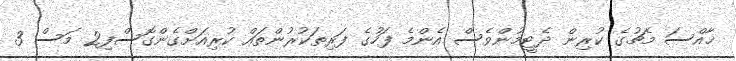
ޚާއްސަ މެޗުގެ ކުރިން ދެޓީމުންވެސް އެންމެ ފަހުގެ ފަރިތަކުރުންތައް ކުރިއަށްގެންގޮސްފި2 މަސް 3